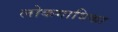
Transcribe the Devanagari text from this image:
लोकगायिका